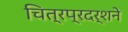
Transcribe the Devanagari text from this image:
चित्रप्रदर्शने